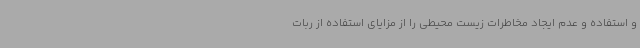
و استفاده و عدم ایجاد مخاطرات زیست محیطی را از مزایای استفاده از ربات